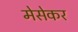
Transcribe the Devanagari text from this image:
मेसेकर